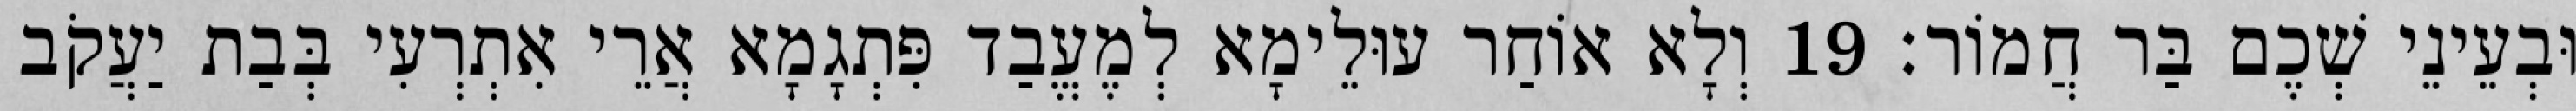
וּבְעֵינֵי שְׁכֶם בַּר חֲמוֹר׃ 19 וְלָא אוֹחַר עוּלֵימָא לְמֶעֱבַד פִּתְגָמָא אֲרֵי אִתְרְעִי בְּבַת יַעֲקֹב